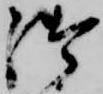
御